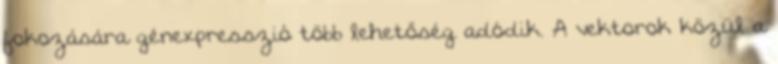
fokozására génexpresszió több lehetőség adódik. A vektorok közül a